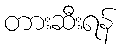
တားဆီးရန်